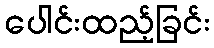
ပေါင်းထည့်ခြင်း